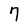
Character: 7